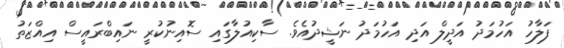
ފަލާހު އަހުމަދު އަދީލް އަދި އަހުމަދު ނަޝީދުއެވެ. ސާކިއުލާގައި ސޮއިނުކުރީ ނައިބްރައީސް އިއްޒަތު